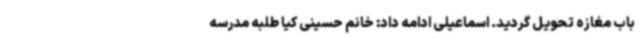
باب مغازه تحویل گردید. اسماعیلی ادامه داد: خانم حسینی کیا طلبه مدرسه